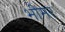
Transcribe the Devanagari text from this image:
भीमर